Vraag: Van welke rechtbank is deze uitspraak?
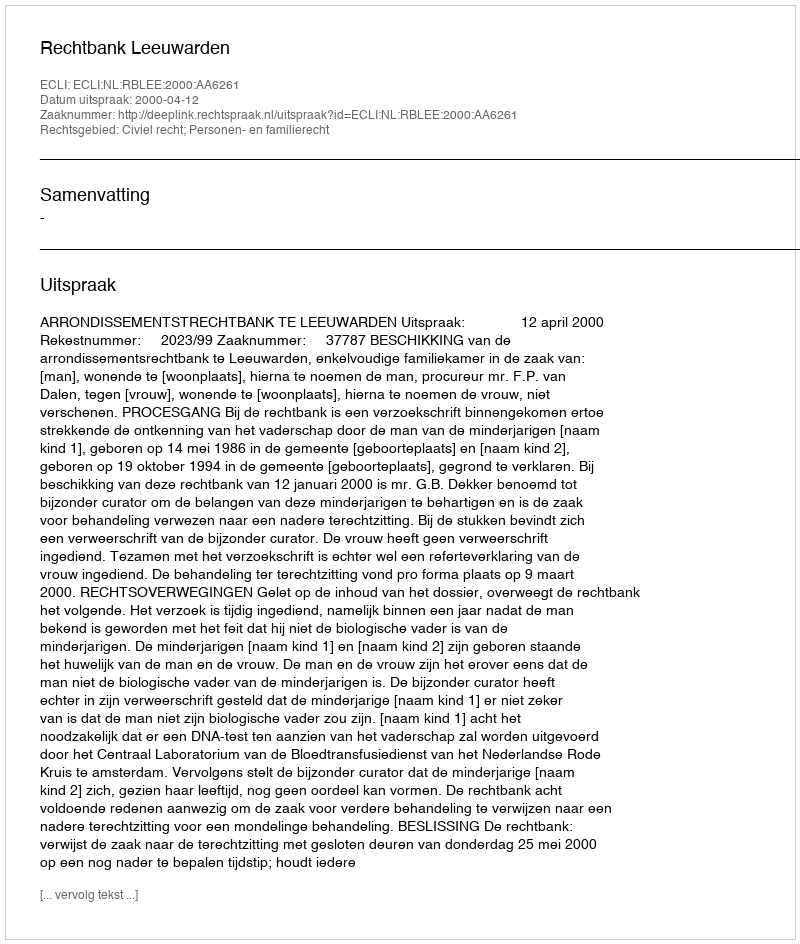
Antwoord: Rechtbank Leeuwarden